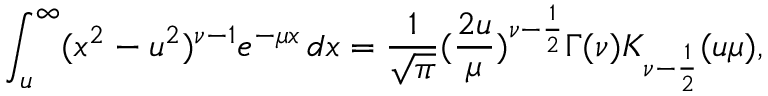
\int _ { u } ^ { \infty } ( x ^ { 2 } - u ^ { 2 } ) ^ { \nu - 1 } e ^ { - \mu x } \, d x = \frac { 1 } { \sqrt { \pi } } ( \frac { 2 u } { \mu } ) ^ { \nu - \frac { 1 } { 2 } } \Gamma ( \nu ) K _ { \nu - \frac { 1 } { 2 } } ( u \mu ) ,